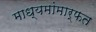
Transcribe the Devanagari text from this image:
माध्यमांमार्फत